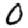
Digit: 0